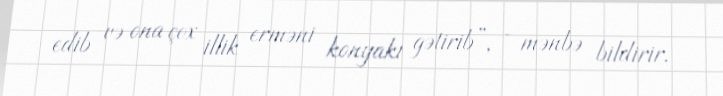
edib və ona çox illik erməni konyakı gətirib”, - mənbə bildirir.